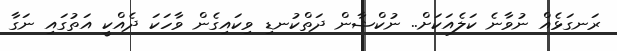
ރަނގަޅެއް ނުވާނެ ކަލެއަކަށް.. ނުކްޝާން ދަތްކުނޑި ވިކައިގެން ވާހަކަ ދެއްކީ އަތުގައި ނަގާ